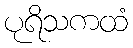
ပုရိသကထံ